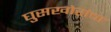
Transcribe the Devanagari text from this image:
घुसखोरांचा